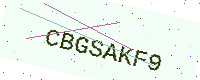
Text: CBGSAKF9